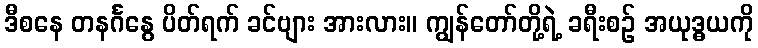
ဒီစနေ တနင်္ဂနွေ ပိတ်ရက် ခင်ဗျား အားလား။ ကျွန်တော်တို့ရဲ့ ခရီးစဉ် အယုဒ္ဓယကို